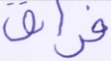
فراق